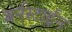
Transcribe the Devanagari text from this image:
बर्नस्टाईन